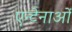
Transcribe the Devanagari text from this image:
एन्टेनाओं